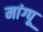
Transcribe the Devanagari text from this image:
मांग्पू